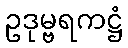
ဥဒုမ္ဗရကဋ္ဌံ